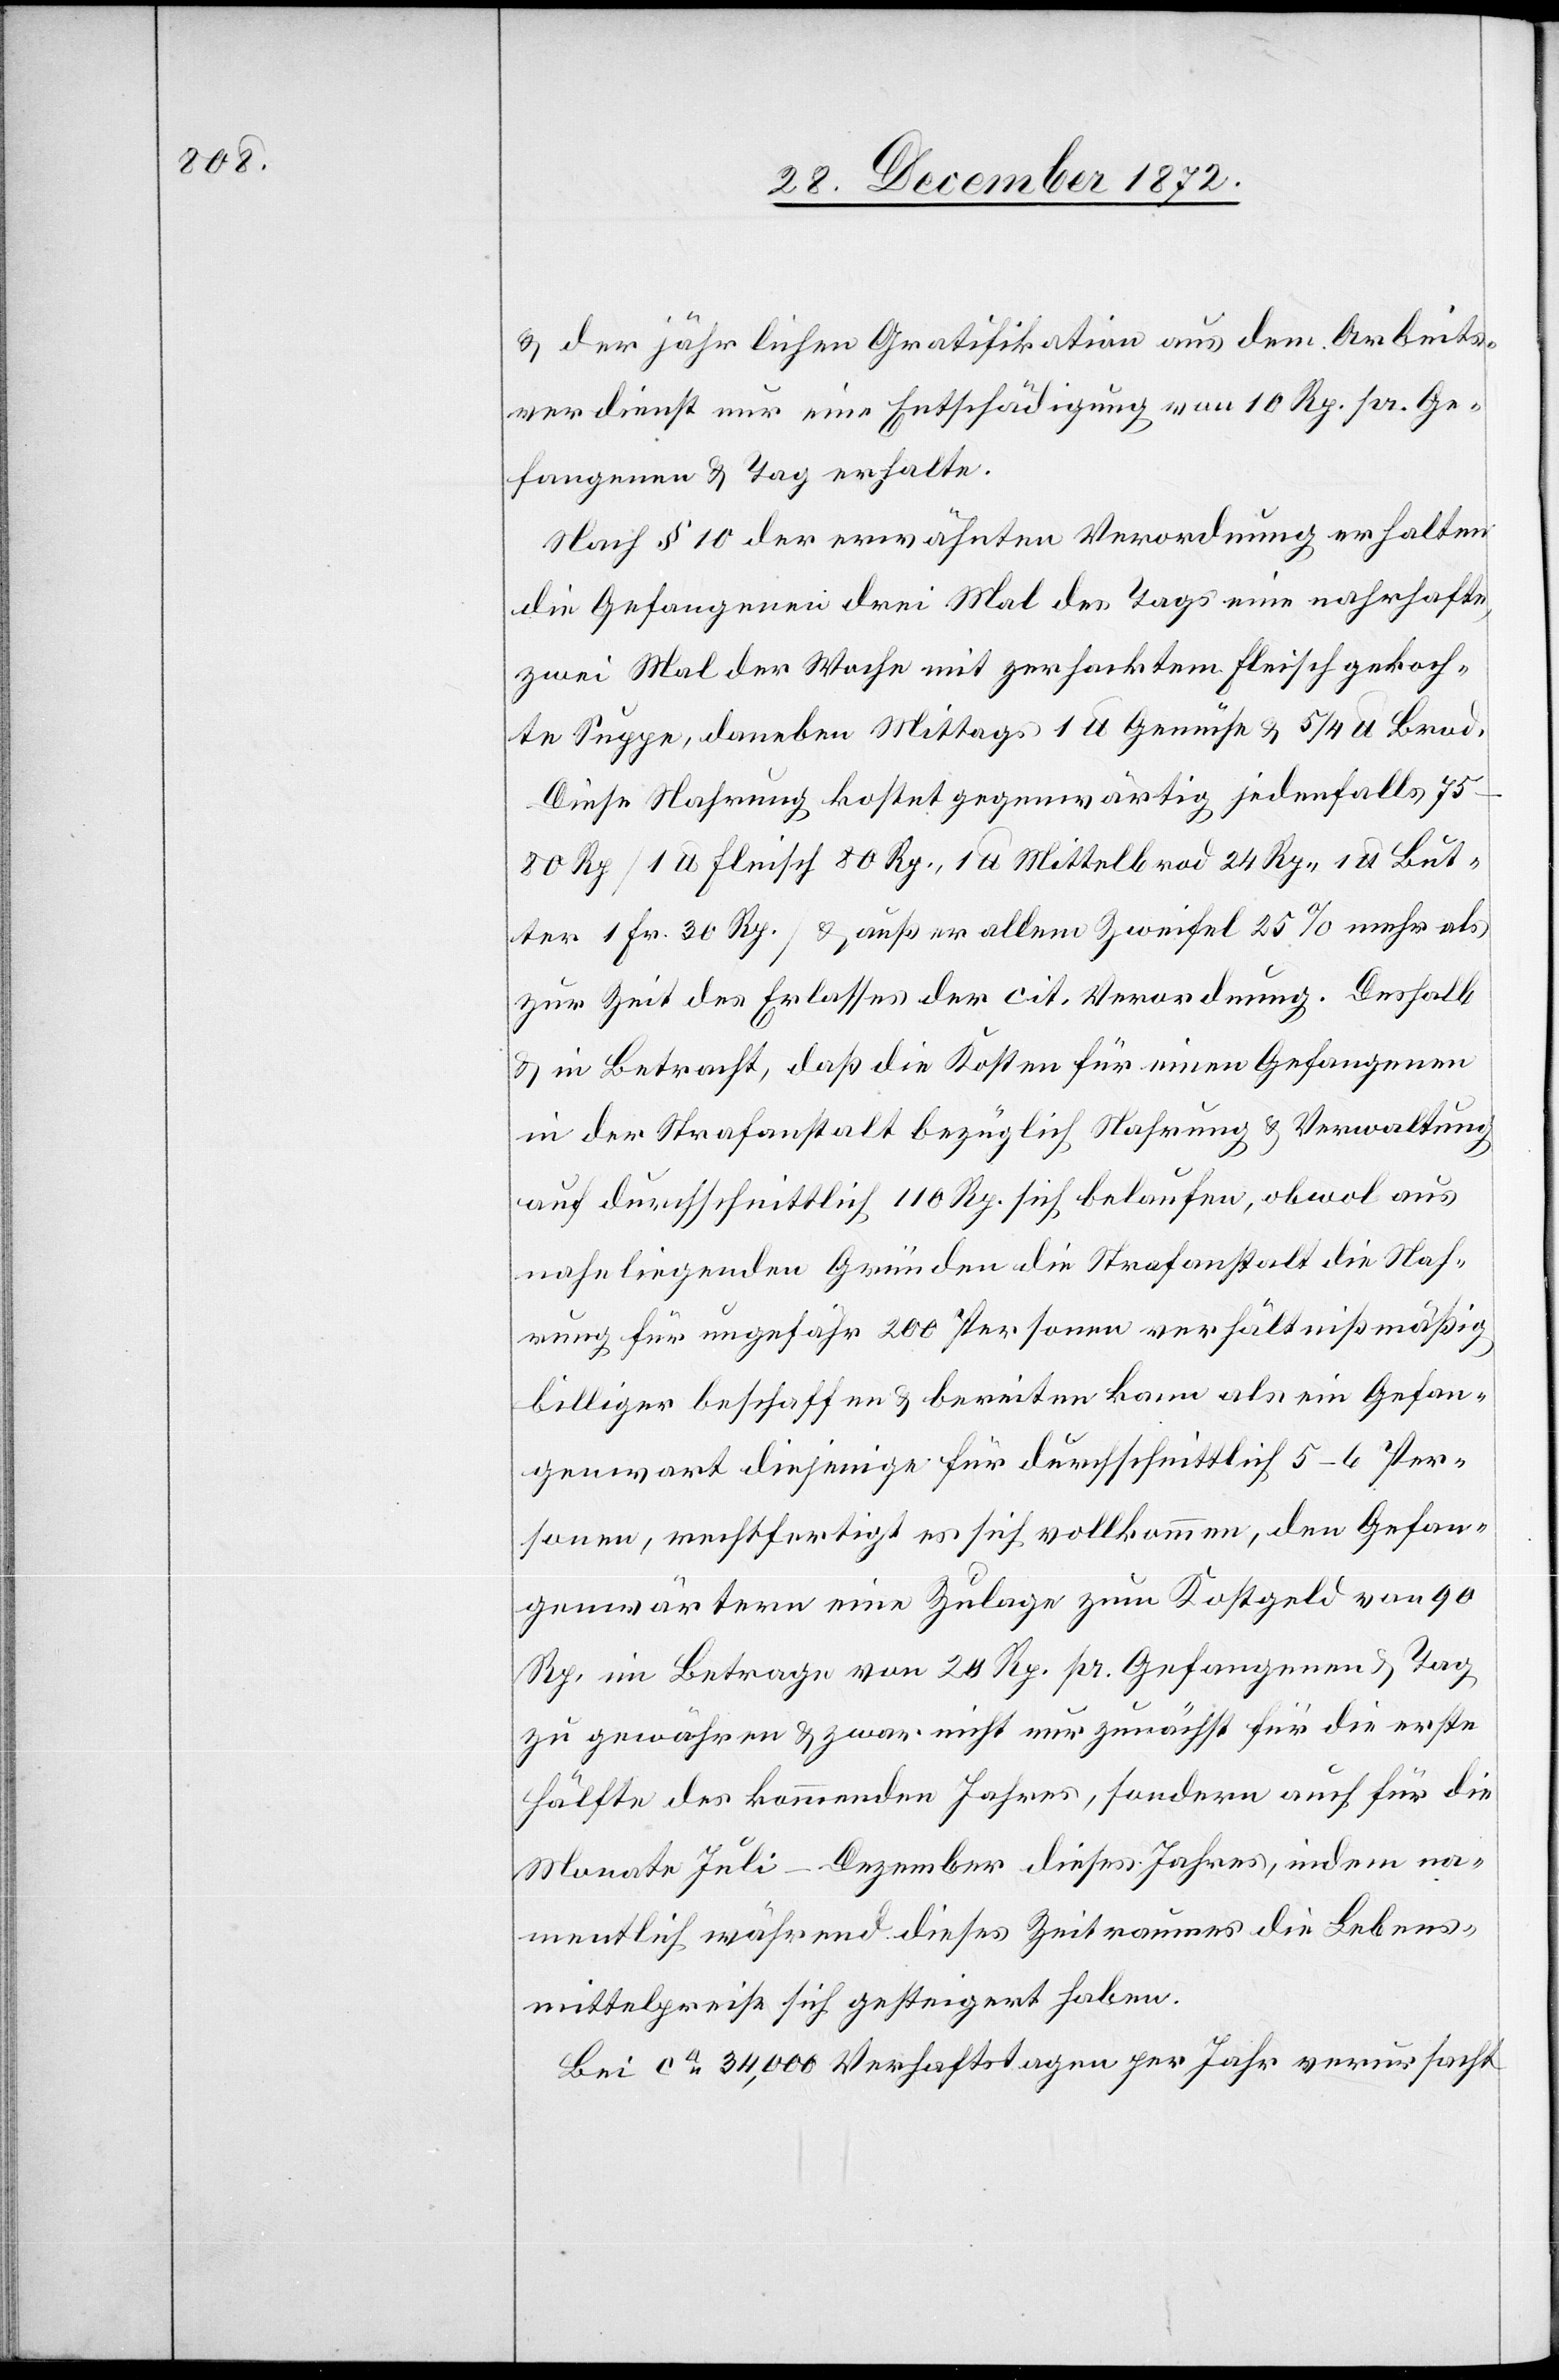
u. der jährlichen Gratifikation aus dem Arbeits¬
verdienst nur eine Entschädigung von 10 Rp. pr. Ge¬
fangenen u. Tag erhalte.
Nach § 10 der erwähnten Verordnung erhalten
die Gefangenen drei Mal des Tags eine nahrhafte,
zwei Mal der Woche mit zerhacktem Fleisch gekoch¬
te Suppe, daneben Mittags 1 lb. Gemüse u. 5/4 lb. Brod.
Diese Nahrung kostet gegenwärtig jedenfalls
75–80 Rp. [1 lb. Fleisch 80 Rp., 1 lb. Mittelbrod 24 Rp., 1 lb. But¬
ter 1 Fr. 30 Rp.] u. außer allem Zweifel 25% mehr als
zur Zeit des Erlasses der cit. Verordnung. Deshalb
u. in Betracht, daß die Kosten für einen Gefangenen
in der Strafanstalt bezüglich Nahrung u. Verwaltung
auf durchschnittlich 110 Rp. sich belaufen, obwol aus
nahe liegenden Gründen die Strafanstalt die Nah¬
rung für ungefähr 200 Personen verhältnißmäßig
billiger beschaffen u. bereiten kann als ein Gefan¬
genwart diejenige für durchschnittlich 5–6 Per¬
sonen, rechtfertigt es sich vollkommen, den Gefan¬
genwärtern eine Zulage zum Kostgeld von 90
Rp. im Betrage von 20 Rp. pr. Gefangenen u. Tag
zu gewähren u. zwar nicht nur zunächst für die erste
Hälfte des kommenden Jahres, sondern auch für die
Monate Juli–Dezember dieses Jahres, indem na¬
mentlich während dieses Zeitraumes die Lebens¬
mittelpreise sich gesteigert haben.
Bei ca 34,000 Verhaftstagen per Jahr verursacht